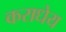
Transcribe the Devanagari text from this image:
कराधेय